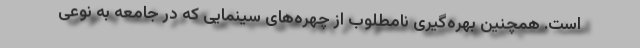
است. همچنین بهره‌گیری نامطلوب از چهره‌های سینمایی که در جامعه به نوعی